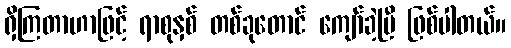
ရှိကြတာဟာဖြင့် ရာစုနှစ် တစ်ခုတောင် ကျော်ခဲ့ပြီ ဖြစ်ပါတယ်။